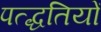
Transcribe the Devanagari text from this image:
पत्द्धतियों